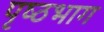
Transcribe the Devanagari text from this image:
पृष्‍ठभाग